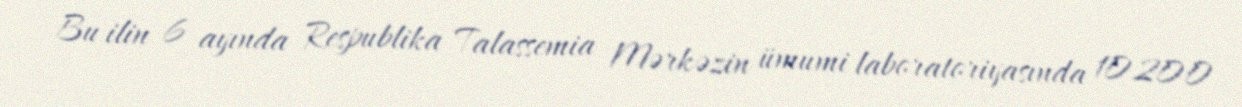
Bu ilin 6 ayında Respublika Talassemia Mərkəzin ümumi laboratoriyasında 10200